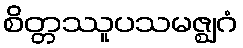
စိတ္တဿူပသမဇ္ဈဂံ